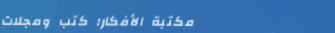
مكتبة الأفكار: كتب ومجلات